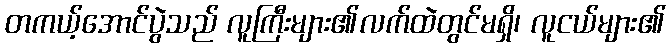
တကယ့်အောင်ပွဲသည် လူကြီးများ၏လက်ထဲတွင်မရှိ၊ လူငယ်များ၏